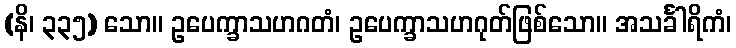
(နိ၊ ၃၃၅) သော။ ဥပေက္ခာသဟဂတံ၊ ဥပေက္ခာသဟဂုတ်ဖြစ်သော။ အသင်္ခါရိကံ၊